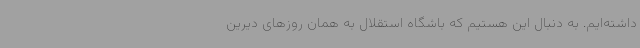
داشته‌ایم. به دنبال این هستیم که باشگاه استقلال به همان روزهای دیرین